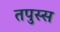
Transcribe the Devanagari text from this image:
तपुस्स